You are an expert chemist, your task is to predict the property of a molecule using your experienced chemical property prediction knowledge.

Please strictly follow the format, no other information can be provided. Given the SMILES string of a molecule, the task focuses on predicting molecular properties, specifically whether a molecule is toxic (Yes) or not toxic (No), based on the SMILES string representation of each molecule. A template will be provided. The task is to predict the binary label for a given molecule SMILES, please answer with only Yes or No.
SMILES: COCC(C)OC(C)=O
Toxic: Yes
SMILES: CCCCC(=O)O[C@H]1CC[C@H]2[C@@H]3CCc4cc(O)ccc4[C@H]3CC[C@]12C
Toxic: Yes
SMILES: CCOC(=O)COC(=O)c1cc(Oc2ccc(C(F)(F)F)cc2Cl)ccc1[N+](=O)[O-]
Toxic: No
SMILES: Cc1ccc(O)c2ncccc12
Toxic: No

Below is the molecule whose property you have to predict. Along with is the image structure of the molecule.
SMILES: CCCC[N+]1(C)CCCC1.N#CN=C=[N-]
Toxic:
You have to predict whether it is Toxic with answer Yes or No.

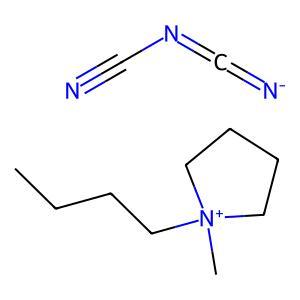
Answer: No